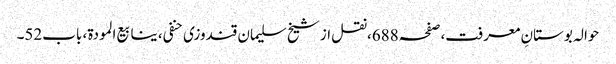
حوالہ بوستانِ معرفت،صفحہ688،نقل از شیخ سلیمان قندوزی حنفی، ینابیع المودة، باب52۔